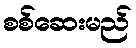
စစ်ဆေးမည်